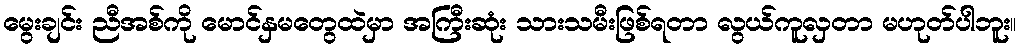
မွေးချင်း ညီအစ်ကို မောင်နှမတွေထဲမှာ အကြီးဆုံး သားသမီးဖြစ်ရတာ လွယ်ကူလှတာ မဟုတ်ပါဘူး။